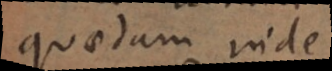
quaedam inde